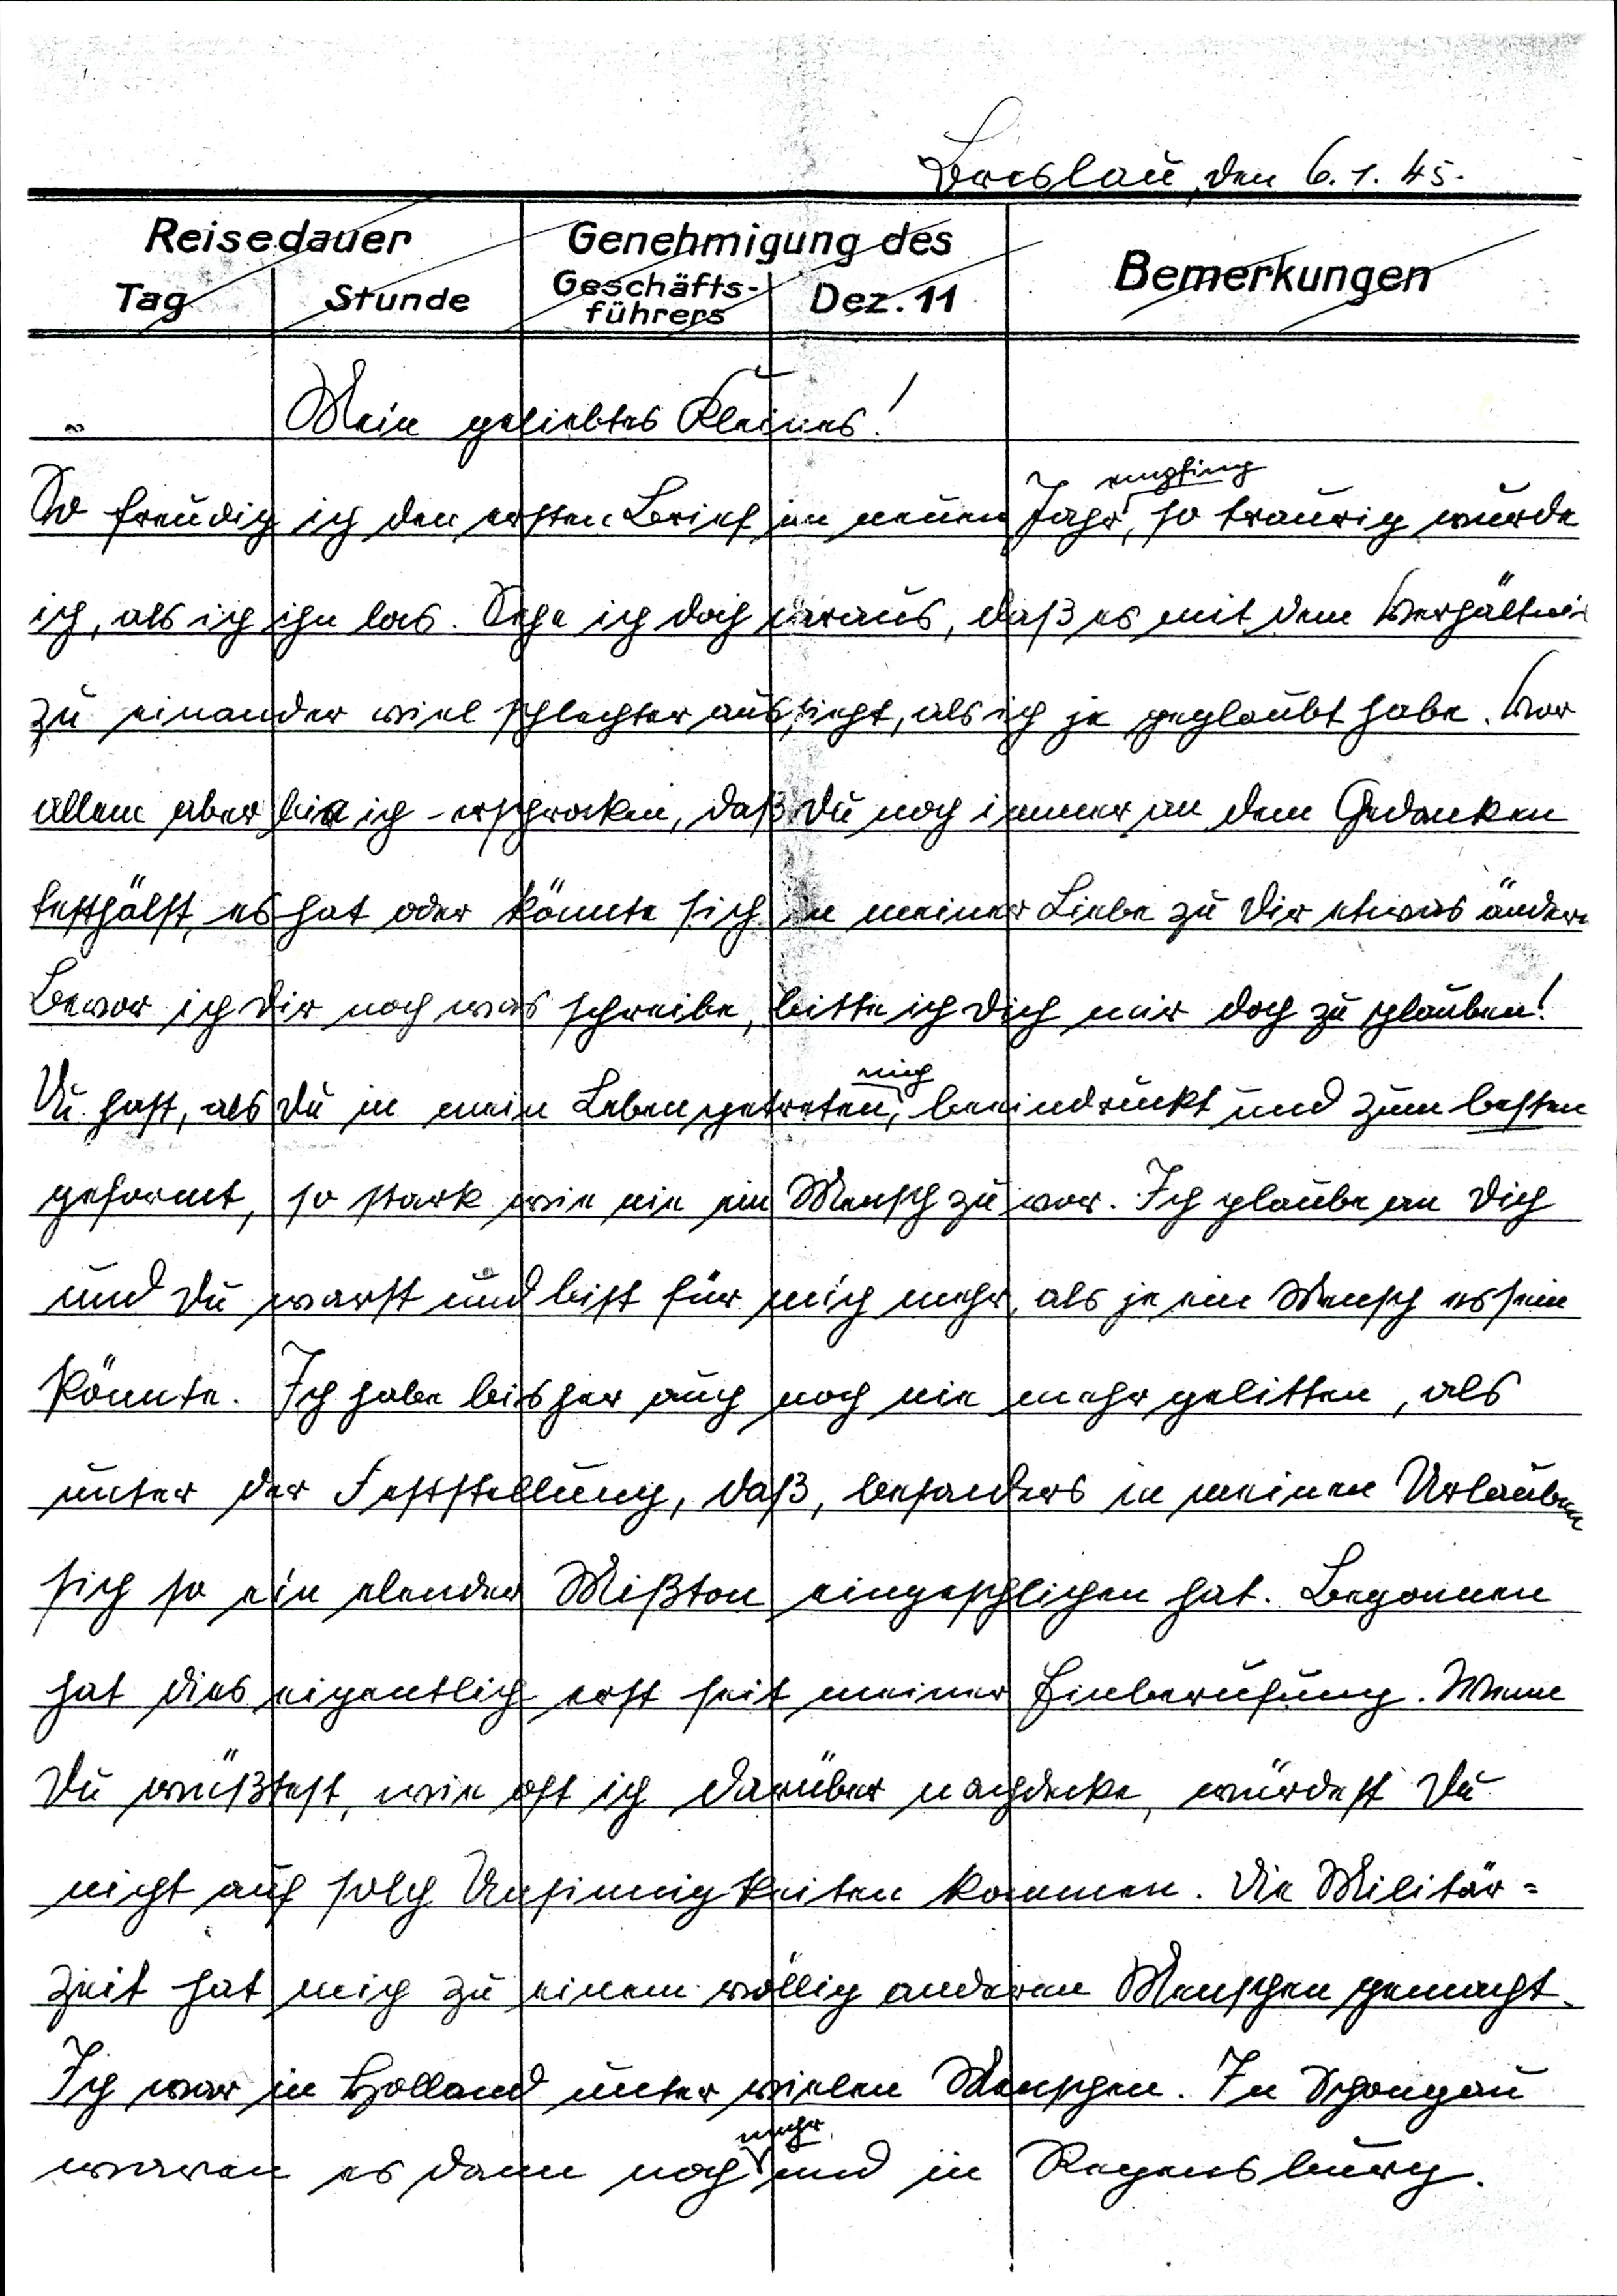
Breslau, den 6.1.45.
Mein geliebtes Kleines!
So freudig ich den ersten Brief im neuen Jahr empfing, so traurig wurde
ich, als ich ihn las. Sehe ich doch daraus, daß es mit dem Verhältnis
zu einander viel schlechter aussieht, als ich je geglaubt habe. Vor
allem aber bin ich erschrocken, daß Du noch immer an dem Gedanken
festhälst, es hat oder könnte sich in meiner Liebe zu Dir etwas ändern.
Bevor ich Dir noch was schreibe, bitte ich Dich mir doch zu glauben!
Du hast, als Du in mein Leben getreten, mich beeindruckt und zum bessern
geformt, so stark wie nie ein Mensch zuvor. Ich glaube an Dich
und Du warst und bist für mich mehr, als je ein Mensch es sein
könnte. Ich habe bisher auch noch nie mehr gelitten, als
unter der Feststellung, daß, besonders in meinen Urlauben
sich so ein elender Mißton eingeschlichen hat. Begonnen
hat dies eigentlich erst seit meiner Einberufung. Wenn
Du wüßtest, wie oft ich darüber nachdenke, würdest du
nicht auf solch Unsinnigkeiten kommen. Die Militär¬
zeit hat mich zu einem völlig anderen Menschen gemacht.
Ich war in Holland unter vielen Menschen. In Schongau
waren es dann noch mehr und in Regensburg.